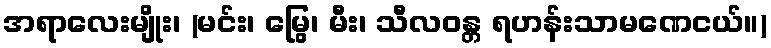
အရာလေးမျိုး၊ (မင်း၊ မြွေ၊ မီး၊ သီလဝန္တ ရဟန်းသာမဏေငယ်။)